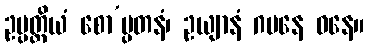
ဥပ္ပတ္တိယံ စော’ပ္ပတနံ၊ ဥယျာနံ ဂမနေ ဝနေ။